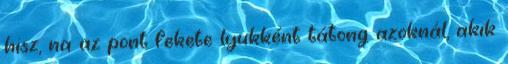
hisz, na az pont fekete lyukként tátong azoknál, akik